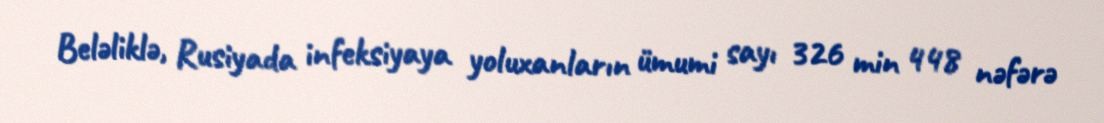
Beləliklə, Rusiyada infeksiyaya yoluxanların ümumi sayı 326 min 448 nəfərə